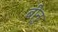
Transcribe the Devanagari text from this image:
बीनु